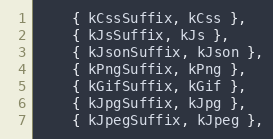
Language: C++
    { kCssSuffix, kCss },
    { kJsSuffix, kJs },
    { kJsonSuffix, kJson },
    { kPngSuffix, kPng },
    { kGifSuffix, kGif },
    { kJpgSuffix, kJpg },
    { kJpegSuffix, kJpeg },